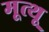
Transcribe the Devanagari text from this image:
मूत्थू